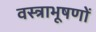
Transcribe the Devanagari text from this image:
वस्‍त्राभूषणों